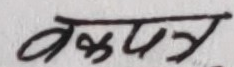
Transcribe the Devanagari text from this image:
वक्षपत्र